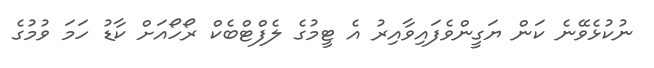
ނުކުޅެވޭނެ ކަން ޔަގީންވެފައިވާއިރު އެ ޓީމުގެ ލެފްޓްބެކް ރޯހޯއަށް ކާޑު ހަމަ ވުމުގެ